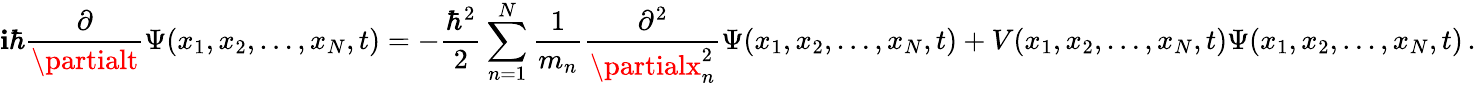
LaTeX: \mathbf{i}\hbar{\frac{{\partial}}{{\partialt}}}\Psi(x_{1},x_{2},\ldots,x_{N},t)=-{\frac{{\hbar^{2}}}{{2}}}\sum_{n=1}^{N}{\frac{{1}}{{m_{n}}}}{\frac{{\partial^{2}}}{{\partialx_{n}^{2}}}}\Psi(x_{1},x_{2},\ldots,x_{N},t)+V(x_{1},x_{2},\ldots,x_{N},t)\Psi(x_{1},x_{2},\ldots,x_{N},t)\, .